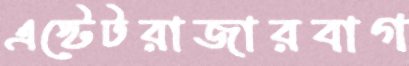
এস্টেটরাজারবাগ